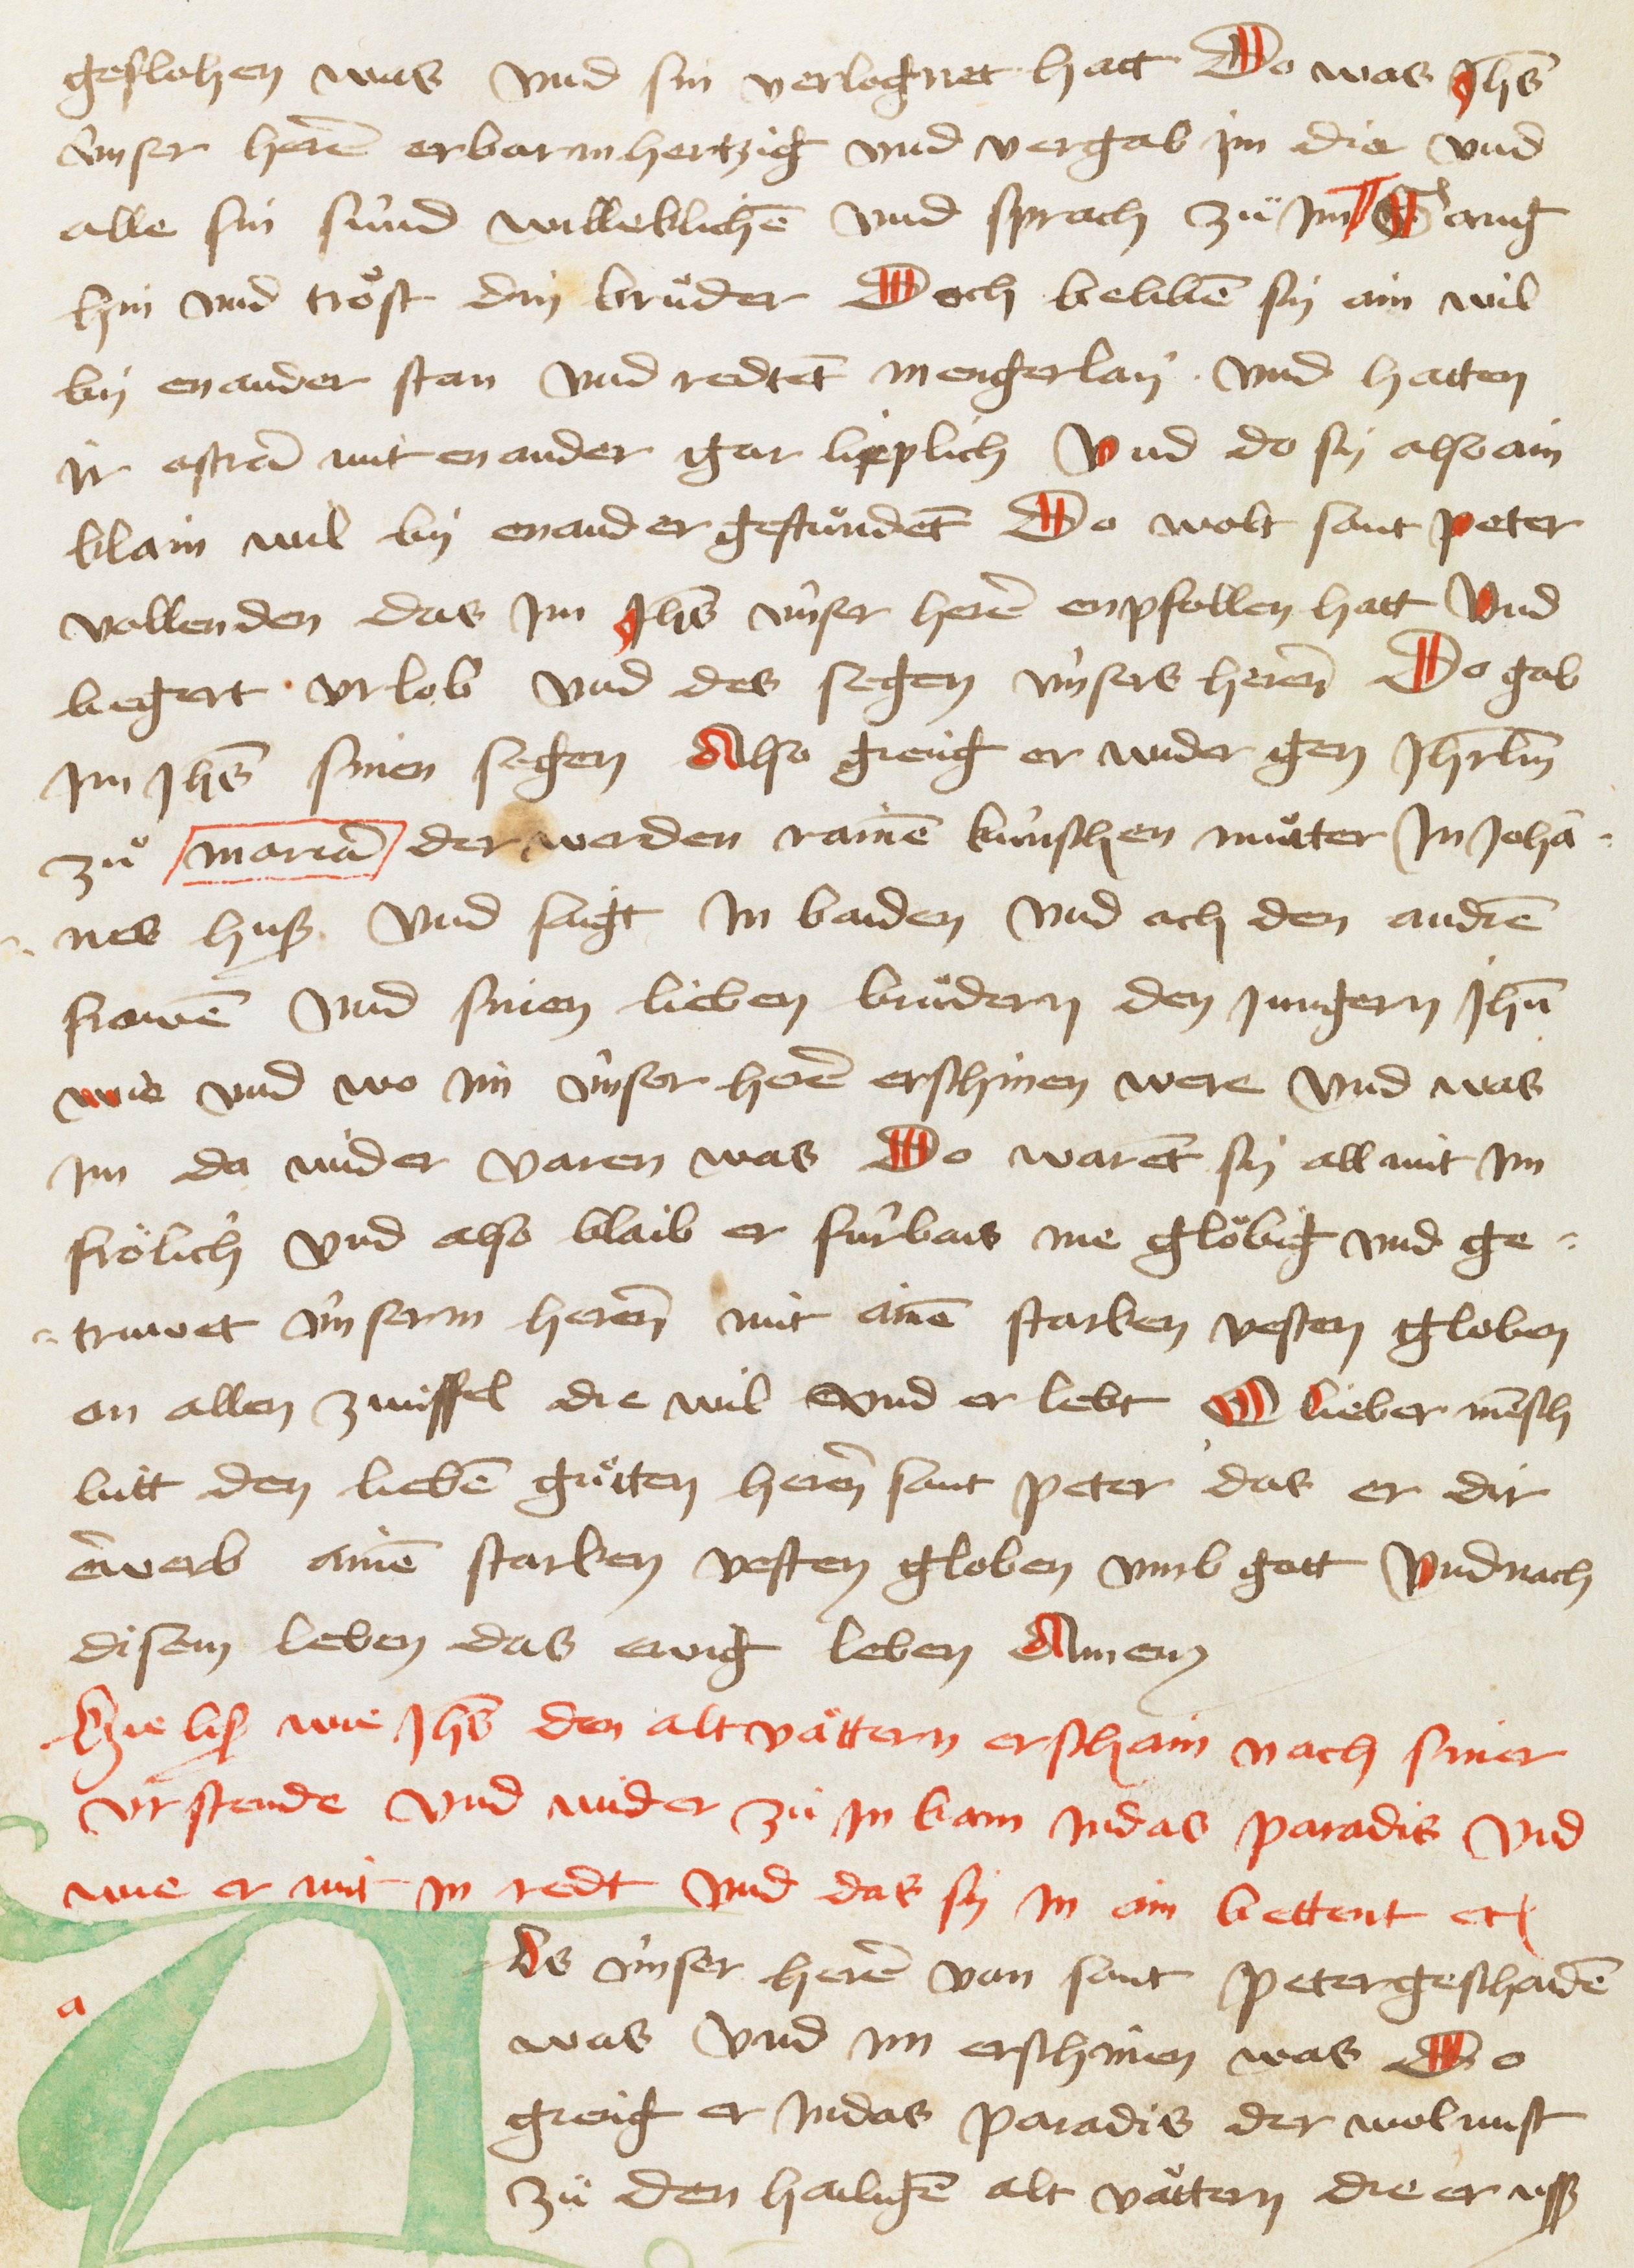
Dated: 1467–1467